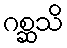
ဂစ္ဆသိ